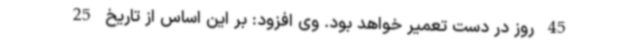
45 روز در دست تعمیر خواهد بود. وی افزود: بر این اساس از تاریخ 25